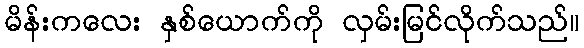
မိန်းကလေး နှစ်ယောက်ကို လှမ်းမြင်လိုက်သည်။